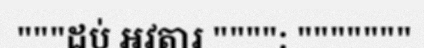
"""ដប់ អវតារ """": """""""